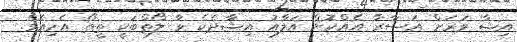
އިޝާ ވަރަށް އަސާރާ އެއްކޮށް އަލާއު އިޝާދެކެ ވާ ލޯތްބަކީ ތީތޯ އެހިއެވެ.